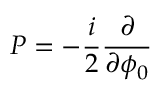
{ \cal P } = - { \frac { i } { 2 } } { \frac { \partial } { \partial \phi _ { 0 } } }